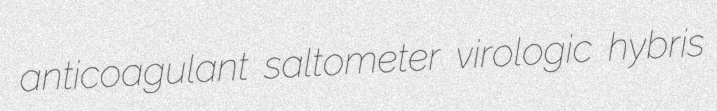
anticoagulant saltometer virologic hybris